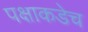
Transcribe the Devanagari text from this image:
पक्षाकडेच